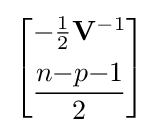
{\begin{bmatrix}-{\frac {1}{2}}\mathbf {V} ^{-1}\\[5pt]{\dfrac {n{-}p{-}1}{2}}\end{bmatrix}}